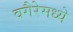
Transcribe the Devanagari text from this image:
वगैरेमध्ये